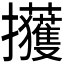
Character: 𫾢